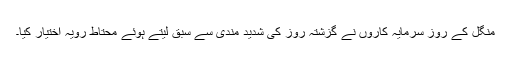
منگل کے روز سرمایہ کاروں نے گزشتہ روز کی شدید مندی سے سبق لیتے ہوئے محتاط رویہ اختیار کیا۔